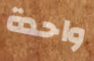
واحدة